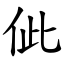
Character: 佌